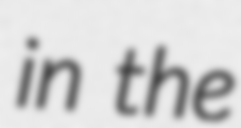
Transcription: in the